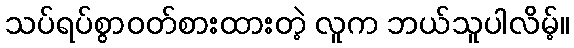
သပ်ရပ်စွာဝတ်စားထားတဲ့ လူက ဘယ်သူပါလိမ့်။